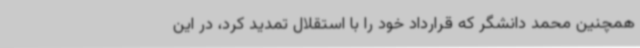
همچنین محمد دانشگر که قرارداد خود را با استقلال تمدید کرد، در این